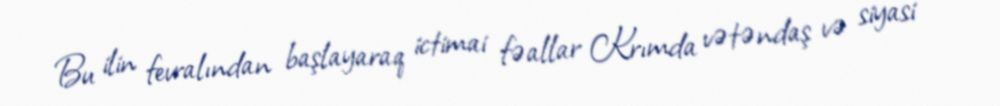
Bu ilin fevralından başlayaraq ictimai fəallar Krımda vətəndaş və siyasi